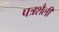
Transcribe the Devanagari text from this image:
पत्रशैली